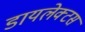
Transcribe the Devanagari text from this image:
डायलेक्टस